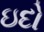
ઇદો